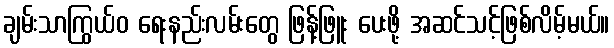
ချမ်းသာကြွယ်ဝ ရေးနည်းလမ်းတွေ ဖြန့်ဖြူး ပေးဖို့ အဆင်သင့်ဖြစ်လိမ့်မယ်။